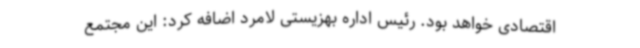
اقتصادی خواهد بود. رئیس اداره بهزیستی لامرد اضافه کرد: این مجتمع